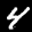
Label: 4